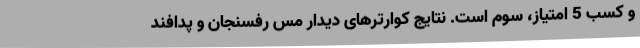
و کسب 5 امتیاز، سوم است. نتایج کوارترهای دیدار مس رفسنجان و پدافند